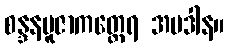
စန္ဒနပူဇာကတ္ထေရ အပဒါန။